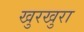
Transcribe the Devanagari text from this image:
खुरखुरा